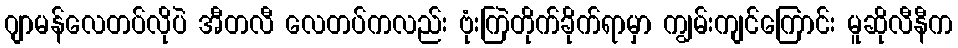
ဂျာမန်လေတပ်လိုပဲ အီတလီ လေတပ်ကလည်း ဗုံးကြဲတိုက်ခိုက်ရာမှာ ကျွမ်းကျင်ကြောင်း မူဆိုလီနီက